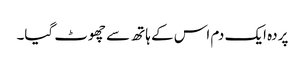
پردہ ایک دم اس کے ہاتھ سے چھوٹ گیا۔